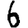
Digit: 6